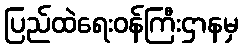
ပြည်ထဲရေးဝန်ကြီးဌာနမှ